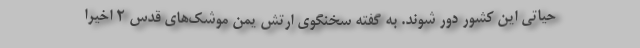
حیاتی این کشور دور شوند. به گفته سخنگوی ارتش یمن موشک‌های قدس ۲ اخیرا